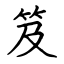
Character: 笈